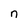
Character: n